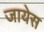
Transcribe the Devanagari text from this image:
जायेस